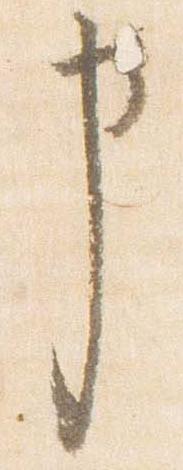
申